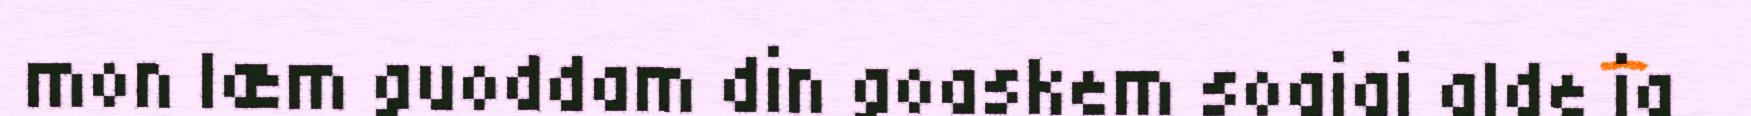
mon læm guoddam din goaskem soajai alde ja